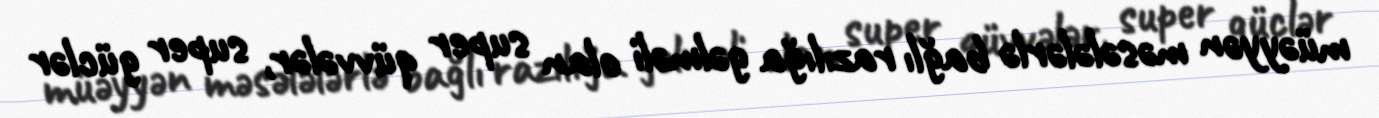
müəyyən məsələlərlə bağlı razılığa gəlməli olan super qüvvələr, super güclər